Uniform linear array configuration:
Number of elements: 48
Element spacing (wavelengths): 0.75
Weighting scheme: kaiser
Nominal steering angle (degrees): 15
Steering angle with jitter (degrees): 15.968
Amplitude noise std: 0.05
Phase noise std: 0.05

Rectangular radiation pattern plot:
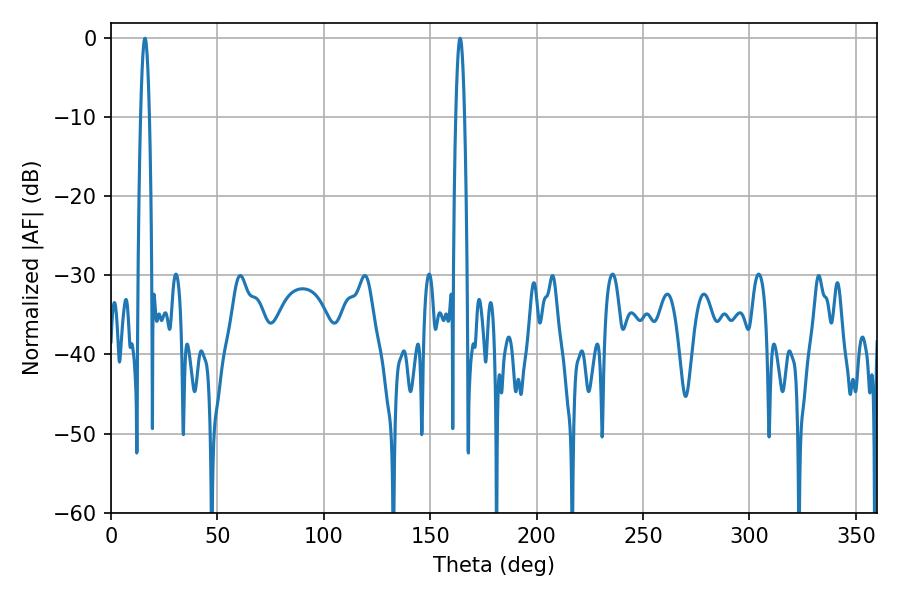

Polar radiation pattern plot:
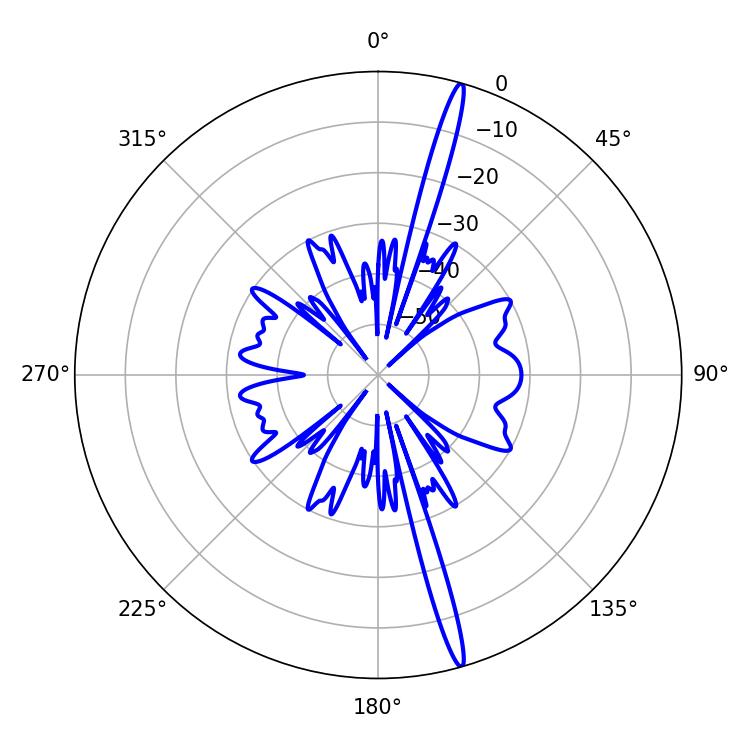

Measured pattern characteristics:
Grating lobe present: TRUE
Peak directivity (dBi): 19.215
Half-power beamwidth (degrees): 2.16
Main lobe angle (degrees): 16.02